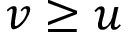
v \geq u